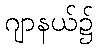
ဂျာနယ်၌